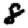
Digit: 8